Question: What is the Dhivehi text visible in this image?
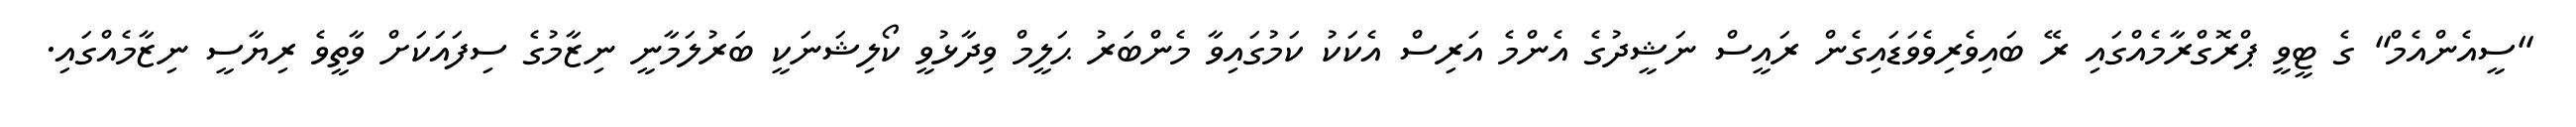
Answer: "ސީއެންއެމް" ގެ ޓީވީ ޕްރޮގްރާމެއްގައި ރޭ ބައިވެރިވެވަޑައިގެން ރައީސް ނަޝީދުގެ އެންމެ އަރިސް އެކަކު ކަމުގައިވާ މެންބަރު ޙަލީމް ވިދާޅުވީ ކޯލިޝަނަކީ ބަރުލަމާނީ ނިޒާމުގެ ސިފައަކަށް ވާތީވެ ރިޔާސީ ނިޒާމެއްގައި.